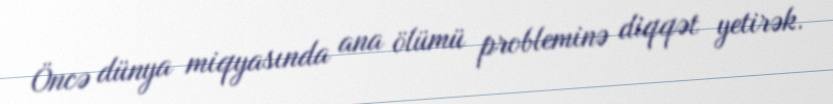
Öncə dünya miqyasında ana ölümü probleminə diqqət yetirək.